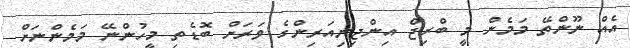
އެއް ނޫންތޭ މަމެން މީ ބްރިޖް އިންޖިނިއަރިންގެ ވަރަށް ބޮޑެތި މީހުންނޭ މަމެންނަށް